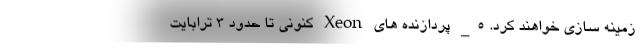
زمینه سازی خواهند کرد. 5_ پردازنده های Xeon کنونی تا حدود 3 ترابایت